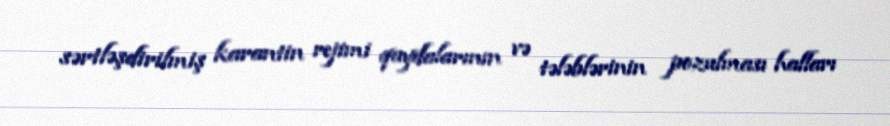
sərtləşdirilmiş karantin rejimi qaydalarının və tələblərinin pozulması halları